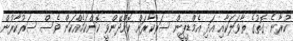
ކުރާނެ ގޮތުގެ ތާވަލަކާއި އަދި އެމްޑީޕީން ސަރުކާރަށް ކޮށްދޭންވީ ކޮންކަމެއްކަން ވެސް ސަރުކާރުން